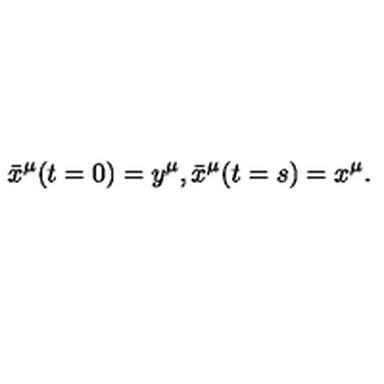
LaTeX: \bar { x } ^ { \mu } ( t = 0 ) = y ^ { \mu } , \bar { x } ^ { \mu } ( t = s ) = x ^ { \mu } .